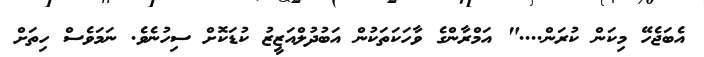
އެބަޖެހޭ މިކަން ކުރަން...." އަމްރާންގެ ވާހަކަތަކުން އަބުދުލްއަޒީޒު ކުޑަކޮށް ސިހުނެވެ. ނަމަވެސް ހިތަށް